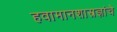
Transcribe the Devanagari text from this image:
हवामानशास्त्रज्ञांचे